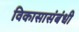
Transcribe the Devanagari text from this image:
विकासासंबंधी